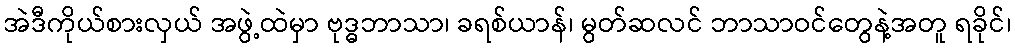
အဲဒီကိုယ်စားလှယ် အဖွဲ့ထဲမှာ ဗုဒ္ဓဘာသာ၊ ခရစ်ယာန်၊ မွတ်ဆလင် ဘာသာဝင်တွေနဲ့အတူ ရခိုင်၊